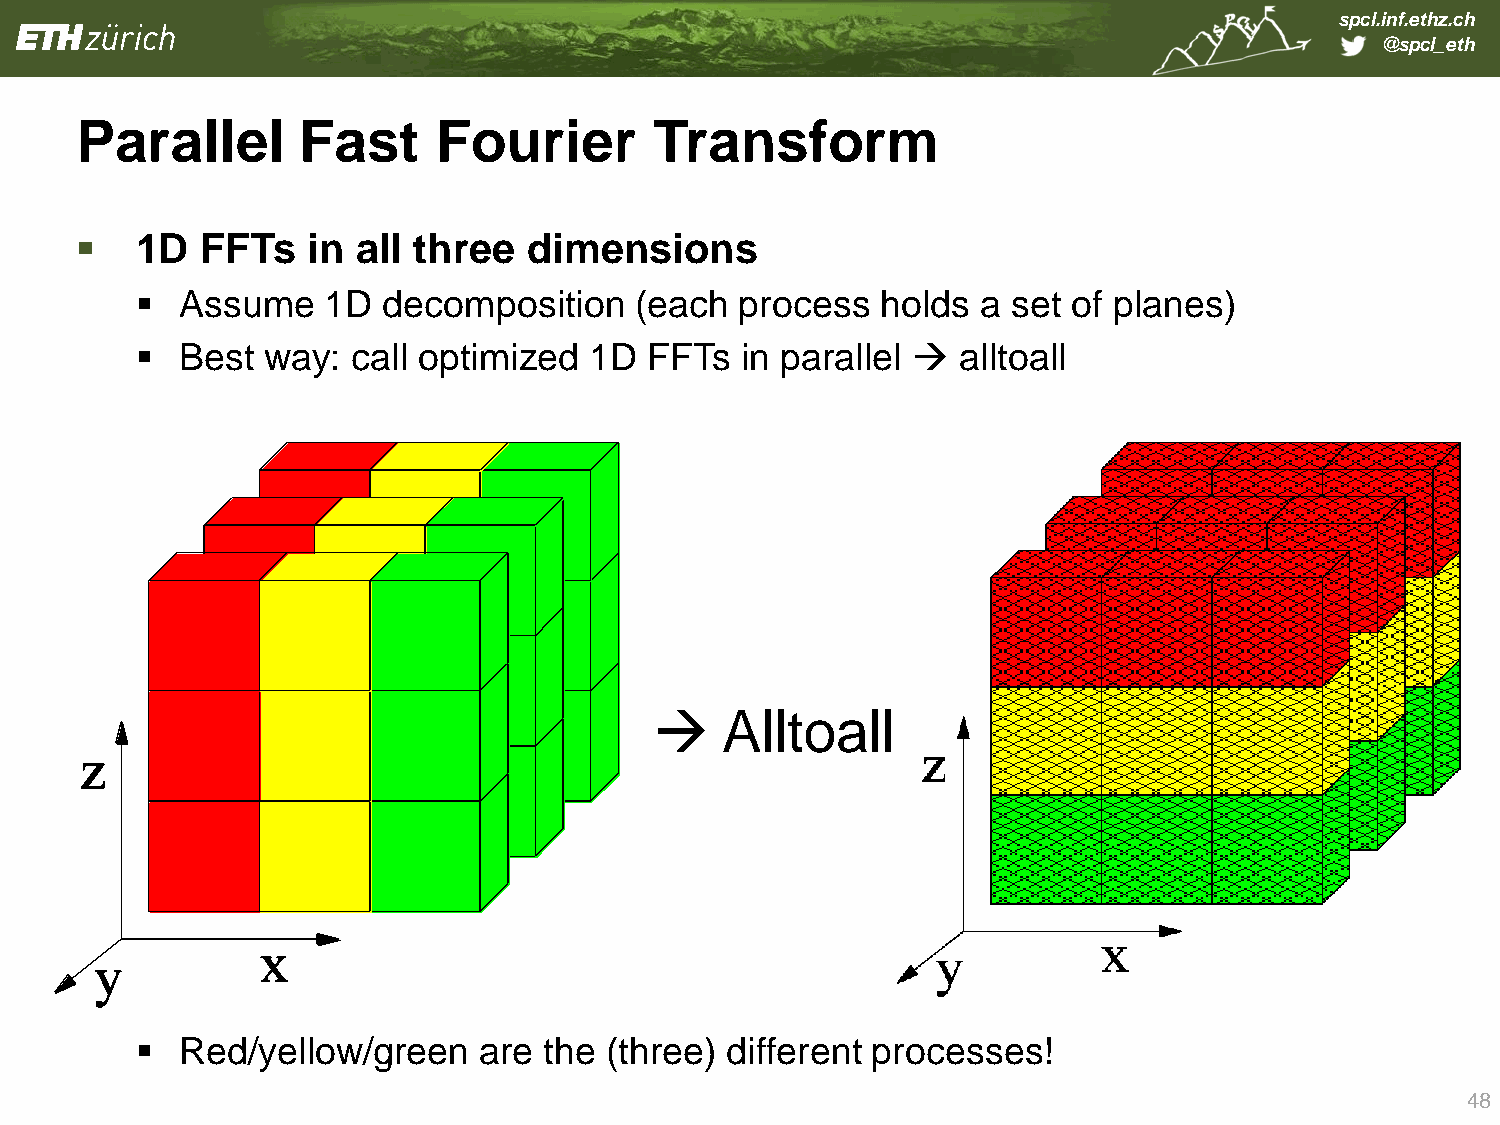
spcl.inf.ethz.ch
 @spcl_eth
 Parallel       Fast     Fourier       Transform
    1D  FFTs   in  all three  dimensions
   Assume   1D  decomposition    (each  process  holds  a set of planes)
   Best way:  call optimized  1D  FFTs  in parallel   alltoall
     Alltoall
   Red/yellow/green    are the (three) different processes!
 48